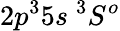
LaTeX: {2p^{3}5s~^{3}S^{o}}